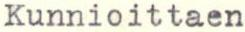
Kunnioittaen